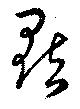
点